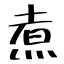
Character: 煮